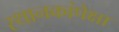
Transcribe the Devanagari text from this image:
स्थानकांपेक्षा